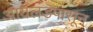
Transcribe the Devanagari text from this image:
आयलंडपासून